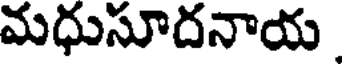
మధుసూదనాయ